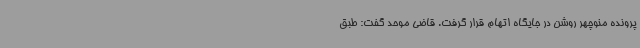
پرونده منوچهر روشن در جایگاه اتهام قرار گرفت. قاضی موحد گفت: طبق